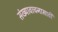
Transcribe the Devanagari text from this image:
संख्यावाचनासाठी